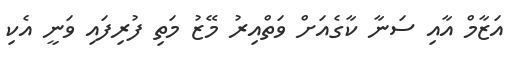
އަޒާމް އާއި ސަނާ ކާގެއަށް ވަތްއިރު މޭޒު މަތި ފުރިފައި ވަނީ އެކި